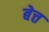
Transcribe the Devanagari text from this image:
बेत्त